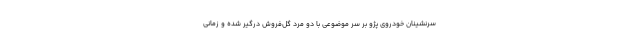
سرنشینان خودروی پژو بر سر موضوعی با دو مرد گل‌فروش درگیر شده و زمانی